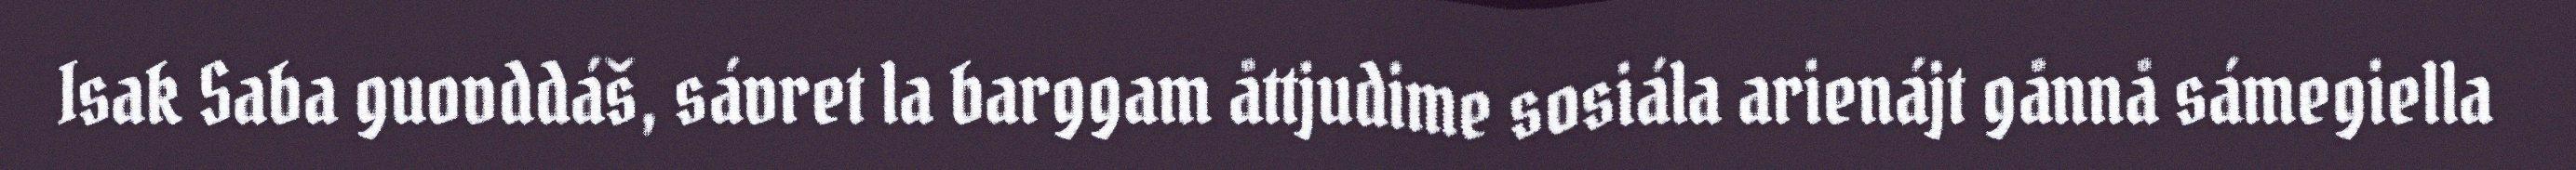
Isak Saba guovddáš, sávret la barggam åttjudime sosiála arienájt gånnå sámegiella